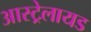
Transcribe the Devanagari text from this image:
आस्ट्रेलायड